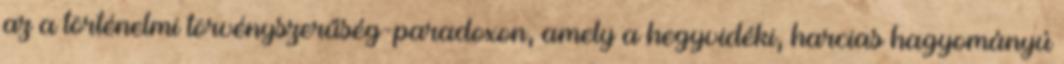
az a történelmi törvényszerűség-paradoxon, amely a hegyvidéki, harcias hagyományú